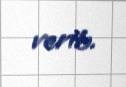
verib.